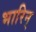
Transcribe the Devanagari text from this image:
भारिन्‌